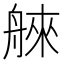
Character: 𦩑